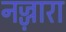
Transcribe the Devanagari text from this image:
नज्ज़ारा